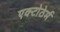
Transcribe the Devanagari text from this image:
एक्टोठेर्म